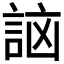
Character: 𧧣